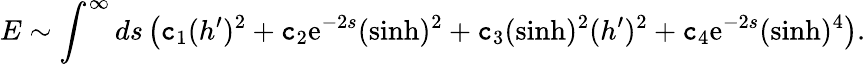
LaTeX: E\sim\int^{\infty}ds\left(\mathtt{c}_{1}(h^{\prime})^{2}+\mathtt{c}_{2}\mathrm{e}^{-2s}(\sinh)^{2}+\mathtt{c}_{3}(\sinh)^{2}(h^{\prime})^{2}+\mathtt{c}_{4}\mathrm{e}^{-2s}(\sinh)^{4}\right).